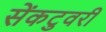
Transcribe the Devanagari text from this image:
सेंकटुवरी